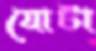
যোটা